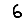
Digit: 6